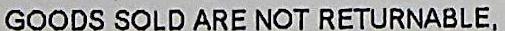
GOODS SOLD ARE NOT RETURNABLE.